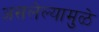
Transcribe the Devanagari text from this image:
असलेल्यामुळे